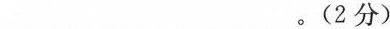
___。(2分)